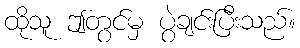
ထိုသူ ဤတွင်မှ ပွဲချင်းပြီးသည်။